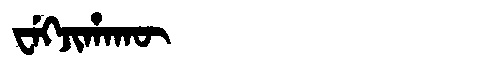
Manchu: ᠸᡝᡴᠵᡳᡥᠠᡴᡡ
Romanization: WEKJIHAKŪ